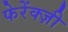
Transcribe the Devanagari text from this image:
फेरेंक्ज़ी